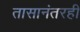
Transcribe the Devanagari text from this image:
तासानंतरही